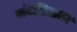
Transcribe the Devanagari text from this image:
संघमित्राला